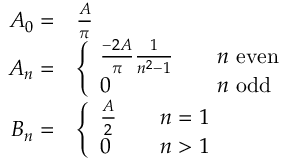
{ \begin{array} { r l } { A _ { 0 } = } & { { \frac { A } { \pi } } } \\ { A _ { n } = } & { { \left\{ \begin{array} { l l } { { \frac { - 2 A } { \pi } } { \frac { 1 } { n ^ { 2 } - 1 } } } & { \quad n { \mathrm { ~ e v e n } } } \\ { 0 } & { \quad n { \mathrm { ~ o d d } } } \end{array} \right. } } \\ { B _ { n } = } & { { \left\{ \begin{array} { l l } { { \frac { A } { 2 } } } & { \quad n = 1 } \\ { 0 } & { \quad n > 1 } \end{array} \right. } } \end{array} }